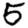
Digit: 5